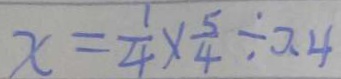
x = \frac { 1 } { 4 } \times \frac { 5 } { 4 } \div 0 . 4